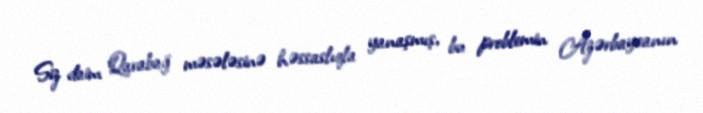
Siz daim Qarabağ məsələsinə həssaslıqla yanaşmış, bu problemin Azərbaycanın